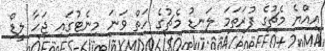
އިއްޔެ މެޗުގެ ފުރަތަމަ ލަނޑު މެޗުގެ ހަތް ވަނަ މިނެޓުގައި ޖަހާ ލީޑް